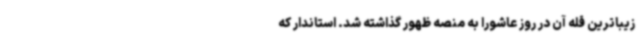
زیباترین قله آن در روز عاشورا به منصه ظهور گذاشته شد. استاندار که